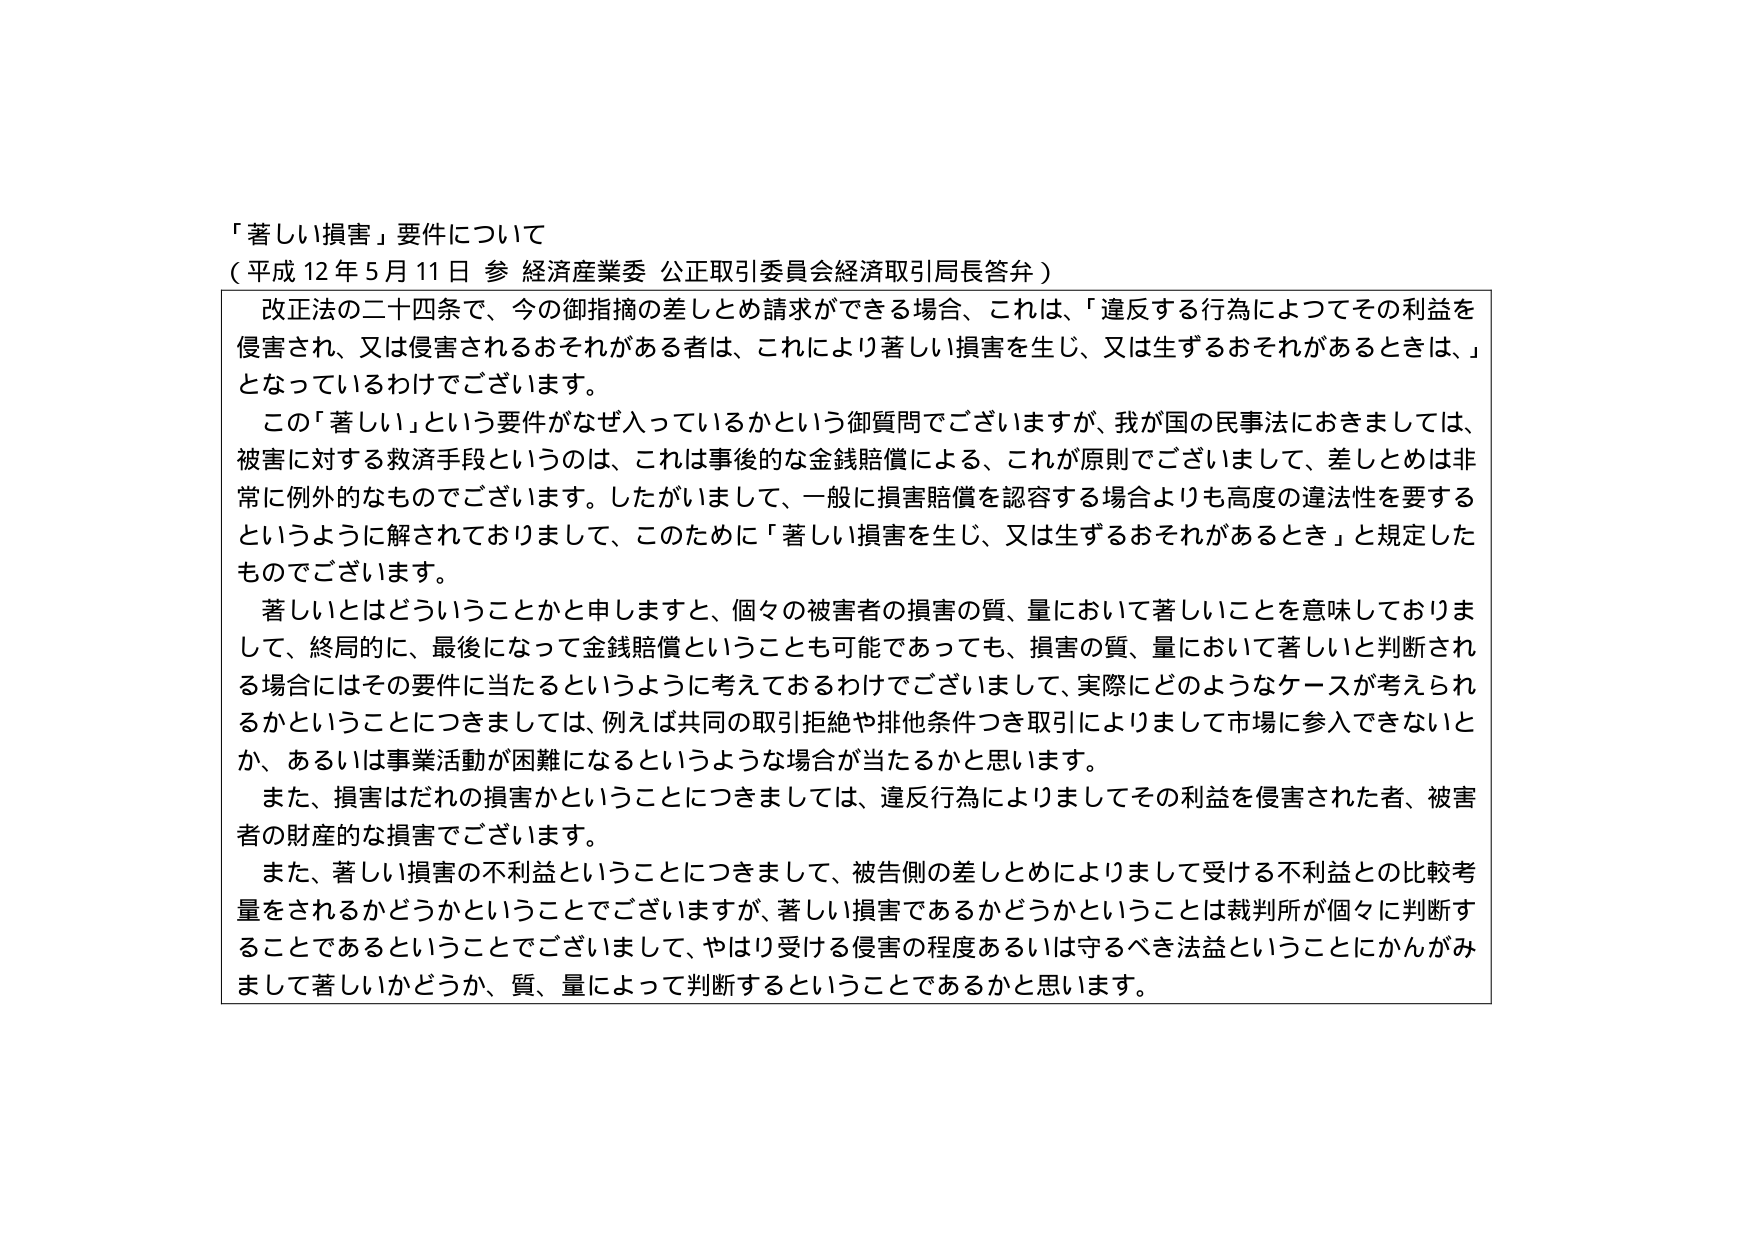
「著しい損害」要件について
（平成12年5月11日 参 経済産業委 公正取引委員会経済取引局長答弁）

改正法の二十四条で、今の御指摘の差しとめ請求ができる場合、これは、「違反する行為によってその利益を侵害され、又は侵害されるおそれがある者は、これにより著しい損害を生じ、又は生ずるおそれがあるときは、」となっているわけでございます。

この「著しい」という要件がなぜ入っているかという御質問でございますが、我が国の民事法におきましては、被害に対する救済手段というのは、これは事後的な金銭賠償による、これが原則でございまして、差しとめは非常に例外的なものでございます。したがいまして、一般に損害賠償を認容する場合よりも高度の違法性を要するというように解されておりまして、このために「著しい損害を生じ、又は生ずるおそれがあるとき」と規定したものでございます。

著しいとはどういうことかと申しますと、個々の被害者の損害の質、量において著しいことを意味しておりまして、終局的に、最後になって金銭賠償ということも可能であっても、損害の質、量において著しいと判断される場合にはその要件に当たるというように考えておるわけでございまして、実際にどのようなケースが考えられるかということにつきましては、例えば共同の取引拒絶や排他条件つき取引によりまして市場に参入できないとか、あるいは事業活動が困難になるというような場合が当たるかと思います。

また、損害はだれの損害かということにつきましては、違反行為によりましてその利益を侵害された者、被害者の財産的な損害でございます。

また、著しい損害の不利益ということにつきまして、被告側の差しとめによりまして受ける不利益との比較考量をされるかどうかということでございますが、著しい損害であるかどうかということは裁判所が個々に判断することであるということでございまして、やはり受ける侵害の程度あるいは守るべき法益ということにかんがみまして著しいかどうか、質、量によって判断するということであります。